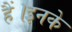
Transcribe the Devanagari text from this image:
हैं।इनके